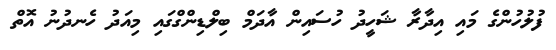
ފުލުހުންގެ މައި އިދާރާ ޝަހީދު ހުސައިން އާދަމް ބިލްޑިންގްގައި މިއަދު ހެނދުނު އޮތް